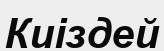
Киіздей